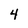
Character: 4